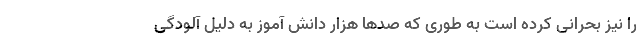
را نیز بحرانی کرده است به طوری که صدها هزار دانش آموز به دلیل آلودگی